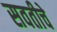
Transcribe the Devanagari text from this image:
सवतीचे